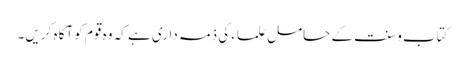
کتاب و سنت کے حامل علماء کی ذمہ داری ہے کہ وہ قوم کو آگا ہ کریں۔